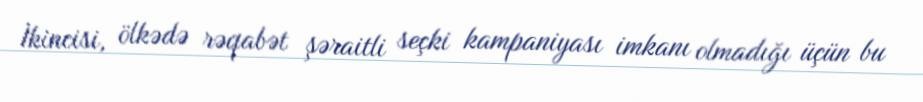
İkincisi, ölkədə rəqabət şəraitli seçki kampaniyası imkanı olmadığı üçün bu